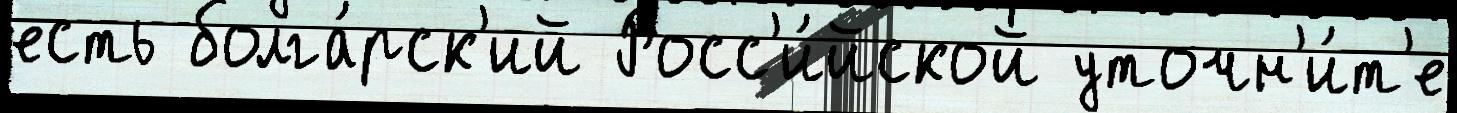
есть болга́рск'ий Росс'и́йской уточн'и́т'е